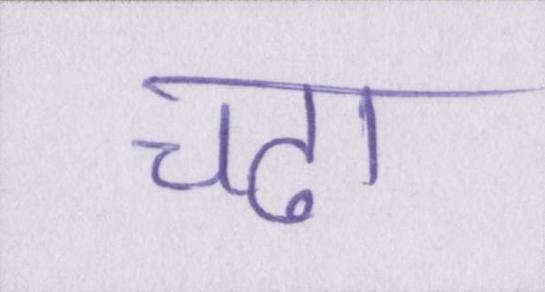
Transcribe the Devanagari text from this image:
चढा